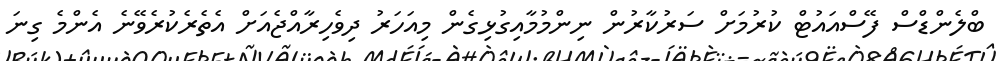
ބްލެންޑްސް ފޭސްއައުޓް ކުރުމަށް ސަރުކާރުން ނިންމުމާއިގުޅިގެން މިއަހަރު ދިވެހިރާއްޖެއަށް އެތެރެކުރެވޭނެ އެންމެ ގިނަ